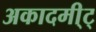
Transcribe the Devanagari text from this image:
अकादमी्ट्